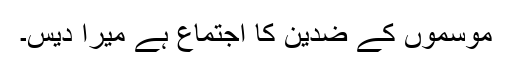
موسموں کے ضدین کا اجتماع ہے میرا دیس۔